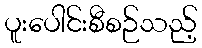
ပူးပေါင်းစီစဉ်သည့်